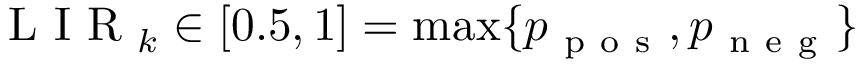
\mathrm { ~ L ~ I ~ R ~ } _ { k } \in [ 0 . 5 , 1 ] = \operatorname* { m a x } \{ p _ { \mathrm { ~ p ~ o ~ s ~ } } , p _ { \mathrm { ~ n ~ e ~ g ~ } } \}